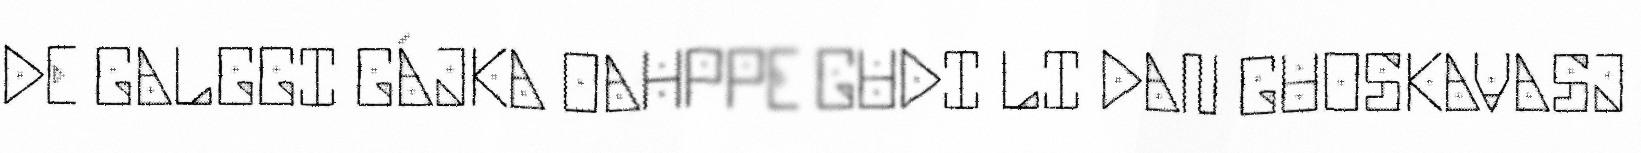
DE GALGGI GÁJKA OAHPPE GUDI LI DAN GUOSKAVASJ